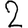
Digit: 2